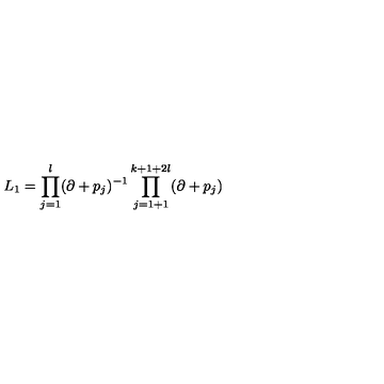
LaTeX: L _ { 1 } = \prod _ { j = 1 } ^ { l } ( \partial + p _ { j } ) ^ { - 1 } \prod _ { j = 1 + 1 } ^ { k + 1 + 2 l } ( \partial + p _ { j } )